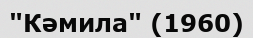
"Кәмила" (1960)